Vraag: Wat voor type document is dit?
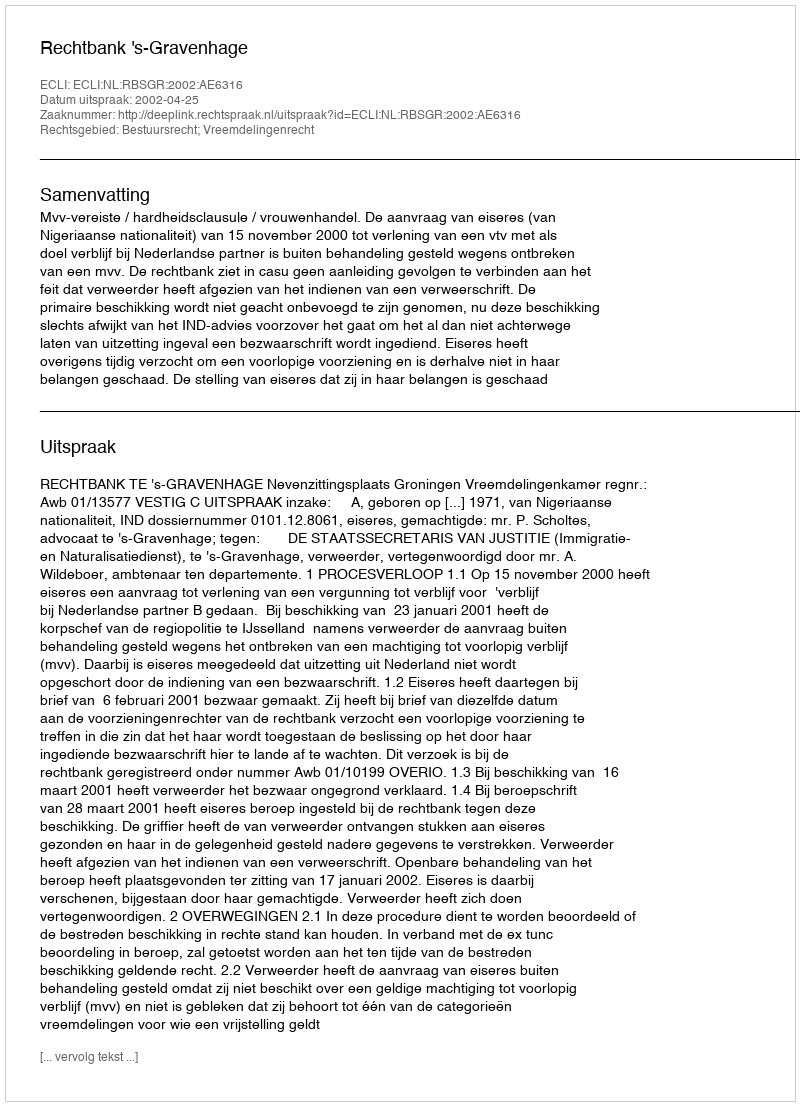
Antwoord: Uitspraak